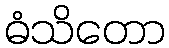
ဓံသိတော